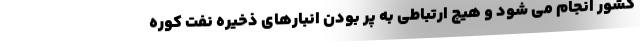
کشور انجام می شود و هیچ ارتباطی به پر بودن انبارهای ذخیره نفت کوره